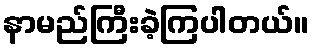
နာမည်ကြီးခဲ့ကြပါတယ်။